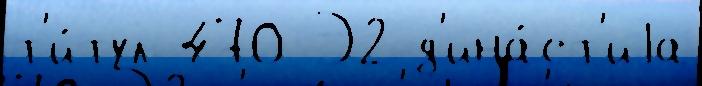
т'и́тул 470 Э2 д'ина́ст'иjа